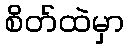
စိတ်ထဲမှာ